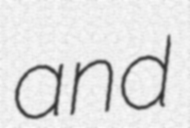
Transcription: and